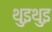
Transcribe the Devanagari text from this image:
थुइथुइ